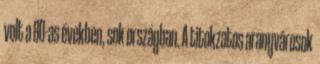
volt a 80-as években, sok országban. A titokzatos aranyvárosok